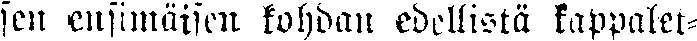
sen ensimäisen kohdan edellistä kappalet-